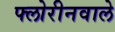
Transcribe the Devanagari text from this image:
फ्लोरीनवाले